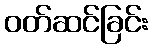
ဝတ်ဆင်ခြင်း